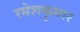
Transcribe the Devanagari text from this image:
रमेशकुमार